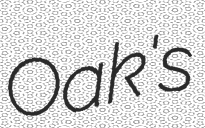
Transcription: Oak's